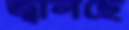
জ্বালছে